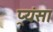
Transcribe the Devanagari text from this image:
प्र्यंसा